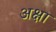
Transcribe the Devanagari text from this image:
अक्षा